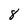
Character: 8